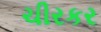
ચીરકર